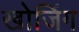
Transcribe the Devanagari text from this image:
खोजिंग